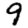
Digit: 9